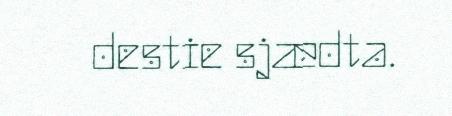
destie sjædta.